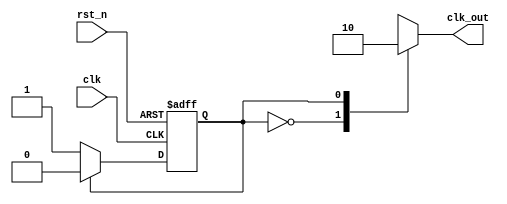
module clk_div_fsm_2(
input clk,rst_n,
output reg clk_out); 

parameter s0=1'b0;
parameter s1=1'b1;


reg state, nextstate; 

// next state logic
always @(*)  begin 
case (state)
s0: nextstate = s1;  
default: nextstate = s0; 
endcase  
end 
// state register
always @(posedge clk or negedge rst_n) begin 
if(!rst_n) state <= s0; 
else state <= nextstate; 
end
// output logic

always@(*) begin 
case (state) 
s0: clk_out= 1'b1; 
s1: clk_out= 1'b0;
default: clk_out = 1'bx; 
endcase
end 
endmodule

// instantce: 
// clk_div_fsm_2 inst_name (.clk(), .rst_n(), .clk_out());